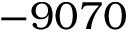
- 9 0 7 0